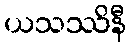
ယသဿိနီ